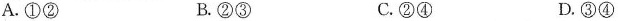
A.①② B.②③ C.②④ D.③④